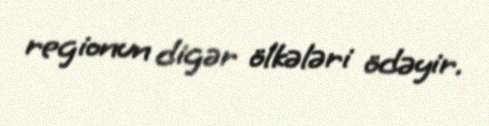
regionun digər ölkələri ödəyir.